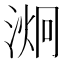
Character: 𭱞